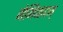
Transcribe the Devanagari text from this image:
नेमिनादम्